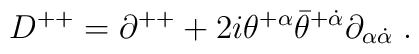
D^{++} = \partial^{++} +2i\theta^{+\alpha}\bar\theta^{+\dot\alpha}\partial_{\alpha\dot\alpha}\; .